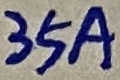
Text: 35A